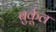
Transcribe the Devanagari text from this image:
बुर्कूल